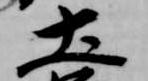
土